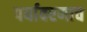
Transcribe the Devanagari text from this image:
पर्यावरणाच